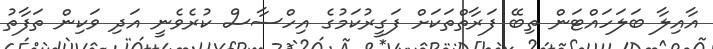
އާއިލާ ބަލަހައްޓަން ތިބޭ ފަރާތްތަކަށް ފަގީރުކަމުގެ އިހްސާސް ކުރެވެނީ އަދި ވަކިން ތަފާތު